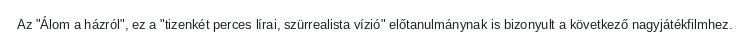
Az "Álom a házról", ez a "tizenkét perces lírai, szürrealista vízió" előtanulmánynak is bizonyult a következő nagyjátékfilmhez.